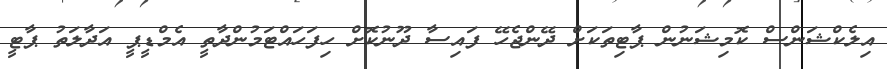
އިލެކްޝަންސް ކޮމިޝަނުން ޕާޓިތަކަށް ދޭންޖެހޭ ފައިސާ ދޫނުކޮށް ހިފަހައްޓަމުންދާތީ އެމްޑީޕީ އަދާލަތު ޕާޓީ